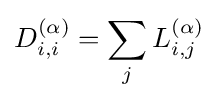
{D}_{i,i}^{(\alpha )}=\sum _{j}L_{i,j}^{(\alpha )}